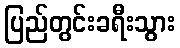
ပြည်တွင်းခရီးသွား